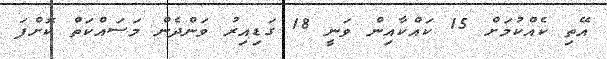
އޭތި ކެއްކުމަށް 15 ކައްކާއިން ވަނީ 18 ގަޑިއިރު ވަންދެން މަސައްކަތް ކޮށްފަ